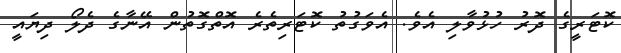
ކޮޓަރީގެ ދޮރު ހުޅުވާލި އެވެ. އެވަގުތު ކޮޓަރިތެރެ އޮތްގޮތުން އޭނާގެ ދެލޯ ދިޔައީ